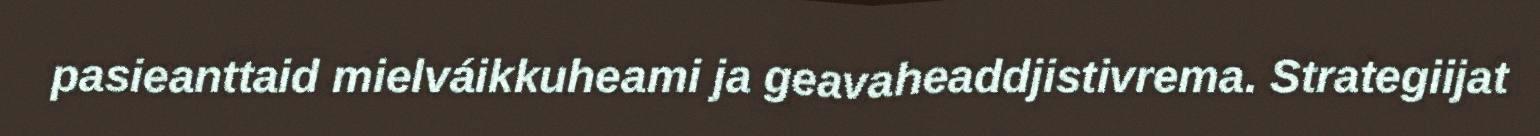
pasieanttaid mielváikkuheami ja geavaheaddjistivrema. Strategiijat